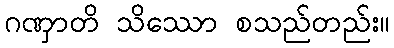
ဂဏှာတိ သိဿော စသည်တည်း။